Indian journal of veterinary science and animal husbandry - Volume 7,
Year: 1937
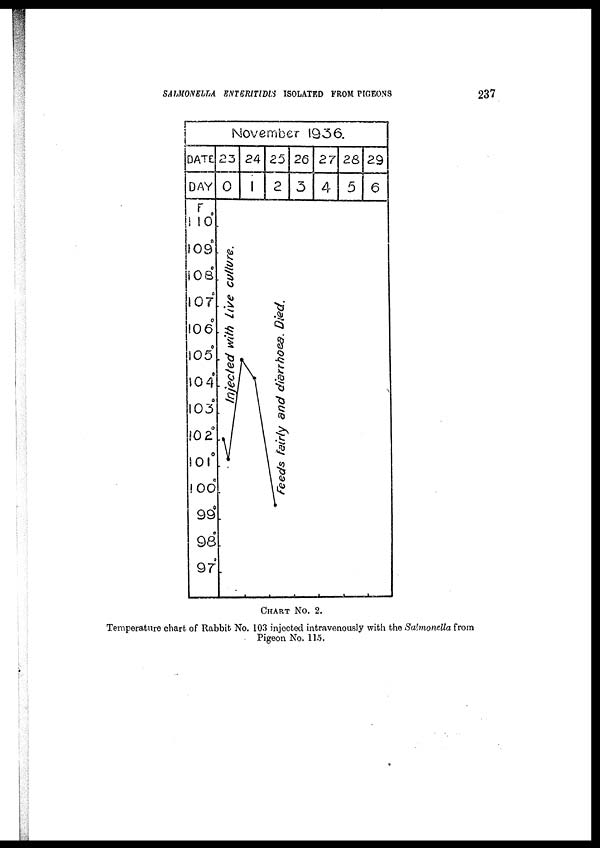
SALMONELLA ENTERITIDIS ISOLATED FROM PIGEONS
237
CHART NO. 2.
Temperature chart of Rabbit No. 103 injected intravenously with the Salmonella from
Pigeon No. 115.